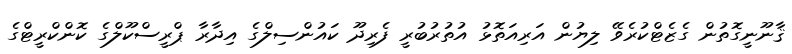
ޤާނޫނީގޮތުން ގެޒެޓްކުރެވޭ ލިޔުން އަރިއަތޮޅު އުތުރުބުރީ ފެރިދޫ ކައުންސިލްގެ އިދާރާ ޕްރީސްކޫލްގެ ކޮންކްރީޓްގެ